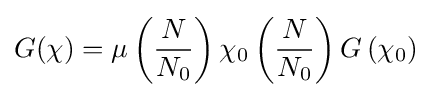
G(\chi )=\mu \left({\frac {N}{N_{0}}}\right)\chi _{0}\left({\frac {N}{N_{0}}}\right)G\left(\chi _{0}\right)